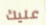
عليك